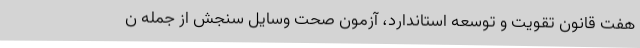
هفت قانون تقویت و توسعه استاندارد، آزمون صحت وسایل سنجش از جمله ن